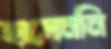
হাসেননি